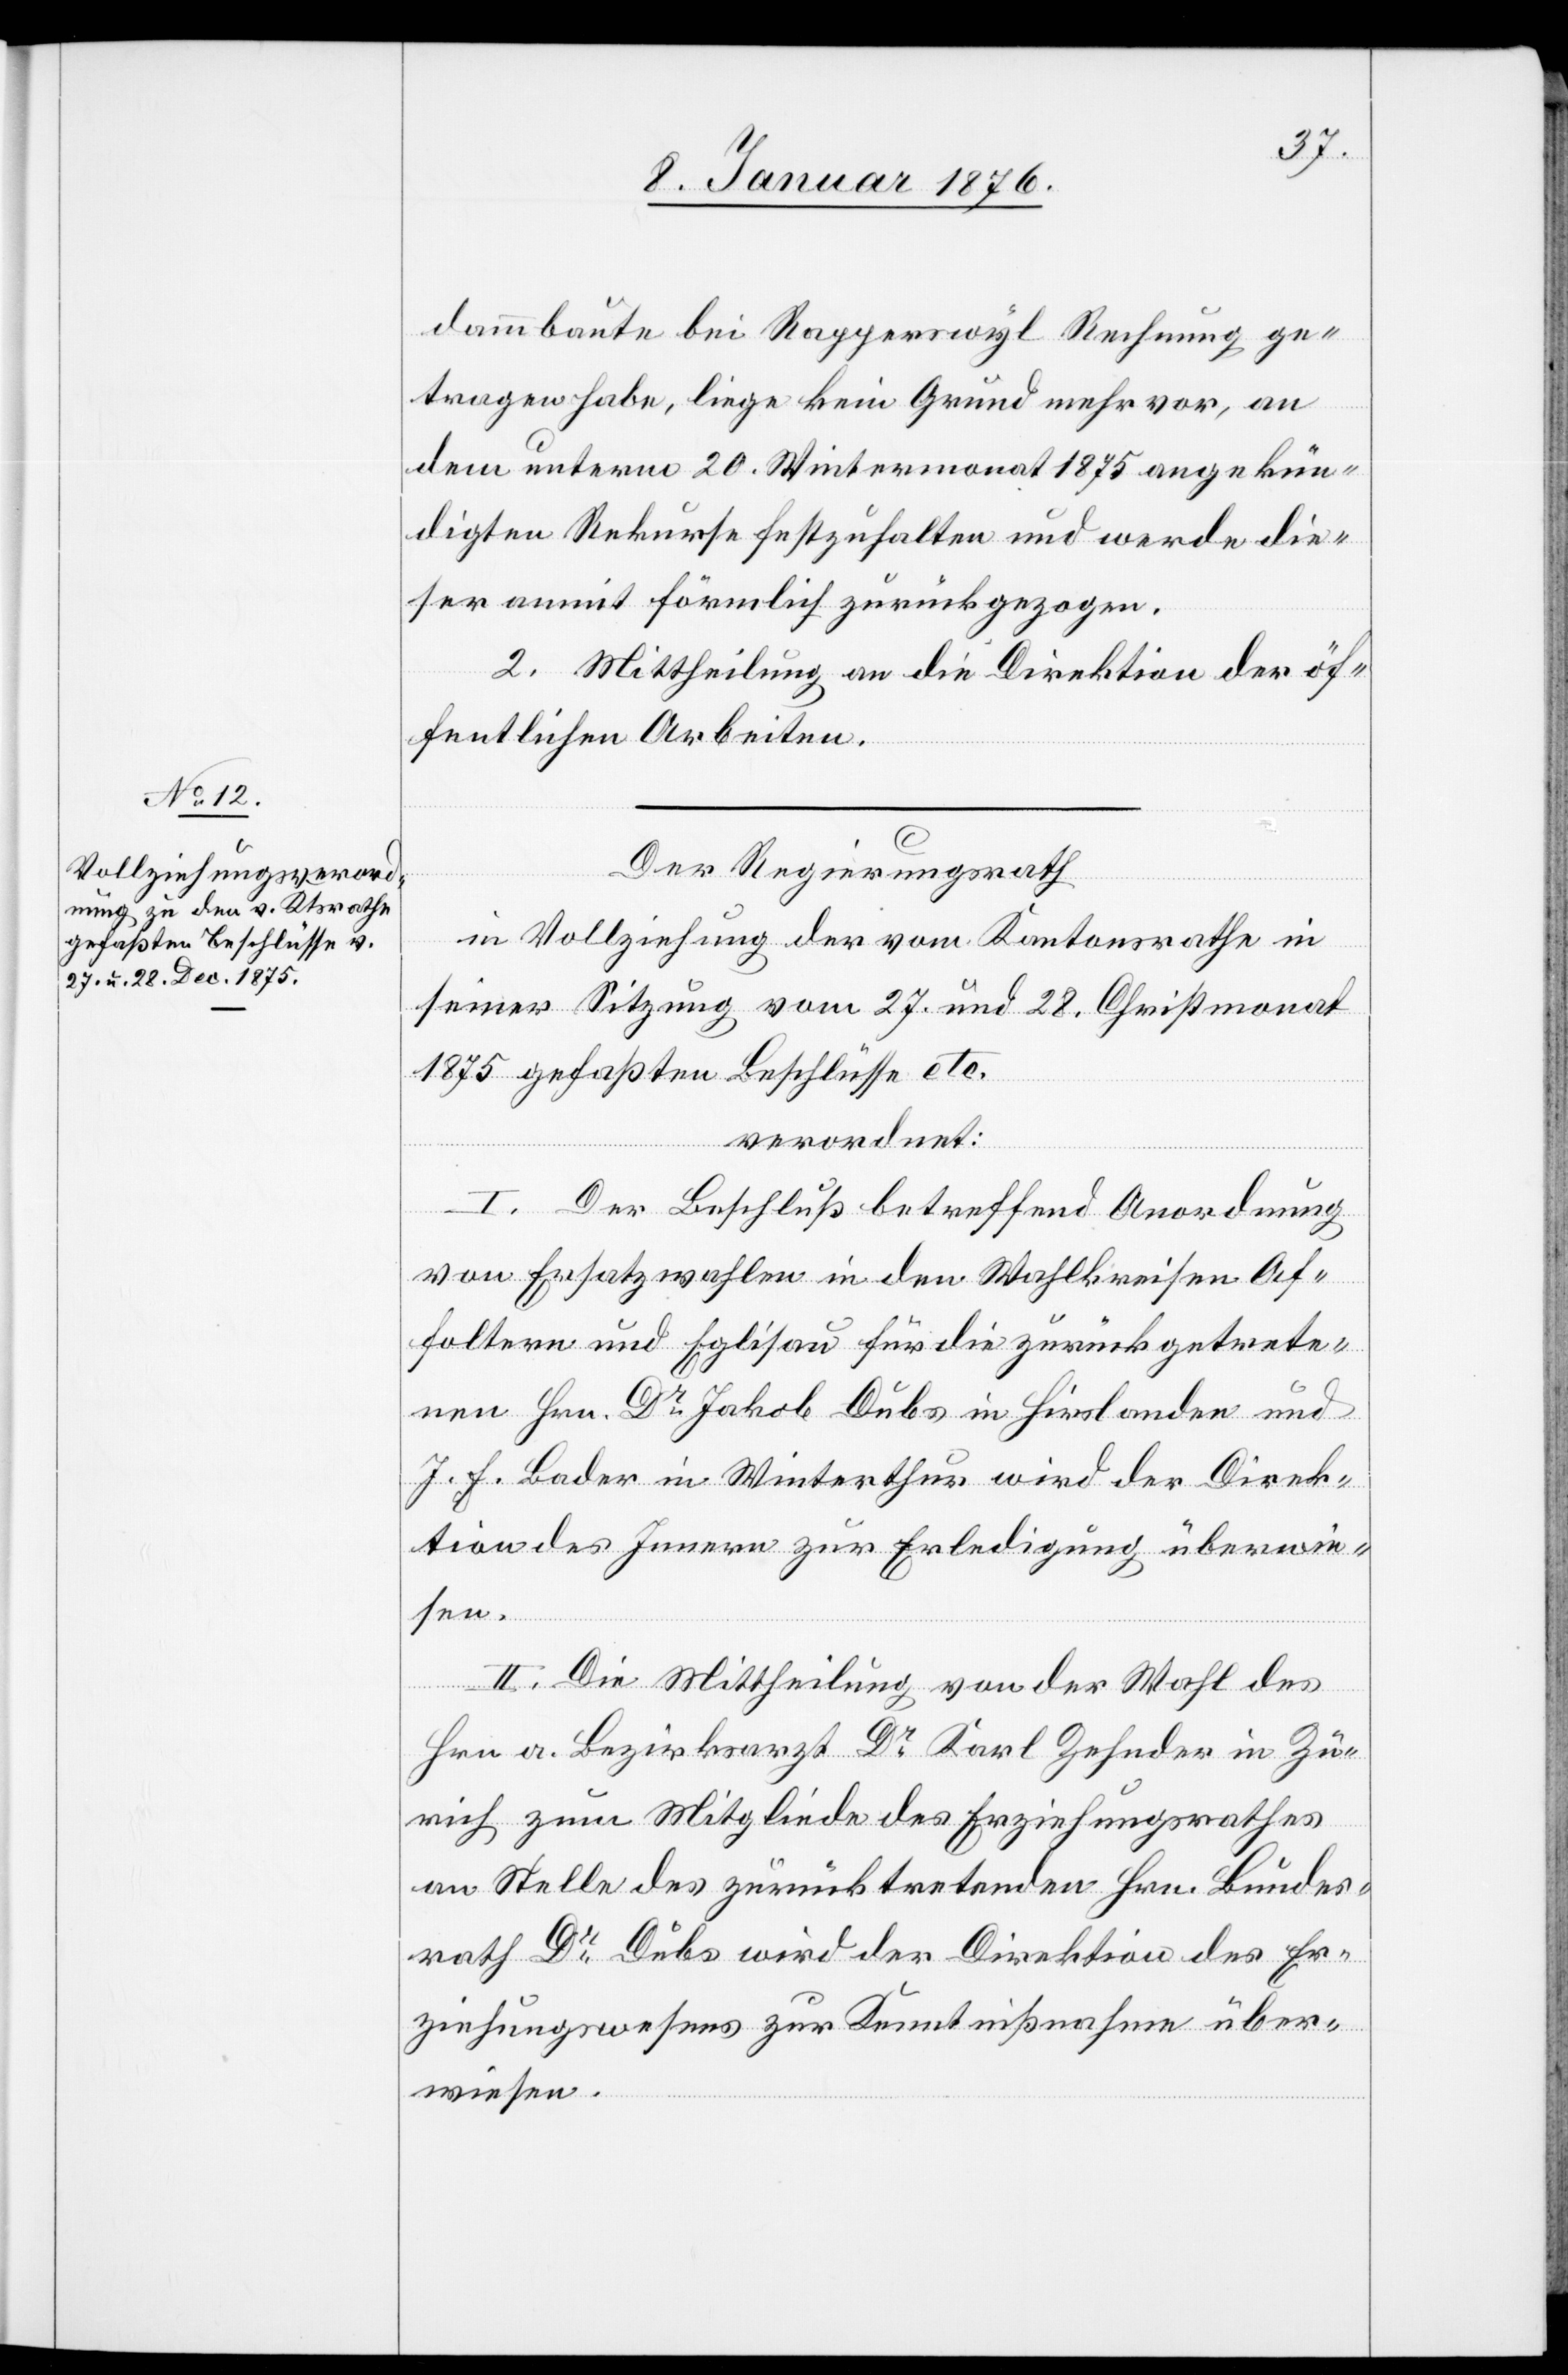
dammbaute bei Rapperswyl Rechnung ge¬
tragen habe, liege kein Grund mehr vor, an
dem unterm 20. Wintermonat 1875 angekün¬
digten Rekurse festzuhalten und werde die¬
ser anmit förmlich zurückgezogen.
2. Mittheilung an die Direktion der öf¬
fentlichen Arbeiten.
Der Regierungsrath
in Vollziehung der vom Kantonsrathe in
seiner Sitzung vom 27. und 28. Christmonat
1875 gefaßten Beschlüsse etc.
verordnet:
I. Der Beschluß betreffend Anordnung
von Ersatzwahlen in den Wahlkreisen Af¬
foltern und Eglisau für die zurückgetrete¬
nen Hrn. Dr. Jakob Dubs in Hirslanden und
J. F. Bader in Winterthur wird der Direk¬
tion des Innern zur Erledigung überwie¬
sen.
II. Die Mittheilung von der Wahl des
Hrn a. Bezirksarzt Dr. Karl Zehnder in Zü¬
rich zum Mitgliede des Erziehungsrathes
an Stelle des zurücktretenden Hrn. Bundes¬
rath Dr. Dubs wird der Direktion des Er¬
ziehungswesens zur Kenntnißnahme über¬
wiesen.